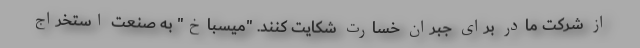
از شرکت مادر برای جبران خسارت شکایت کنند. "میسباخ" به صنعت استخراج